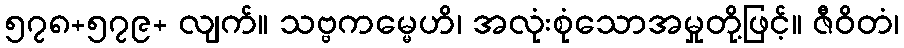
၅၇၈+၅၇၉+ လျက်။ သဗ္ဗကမ္မေဟိ၊ အလုံးစုံသောအမှုတို့ဖြင့်။ ဇီဝိတံ၊